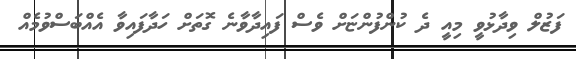
ފަޒުލް ވިދާޅުވީ މިއީ ދެ ކުންފުންޏަށް ވެސް ފައިދާވާނެ ގޮތަށް ހަދާފައިވާ އެއްބަސްވުމެއް